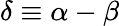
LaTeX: \delta\equiv\alpha-\beta